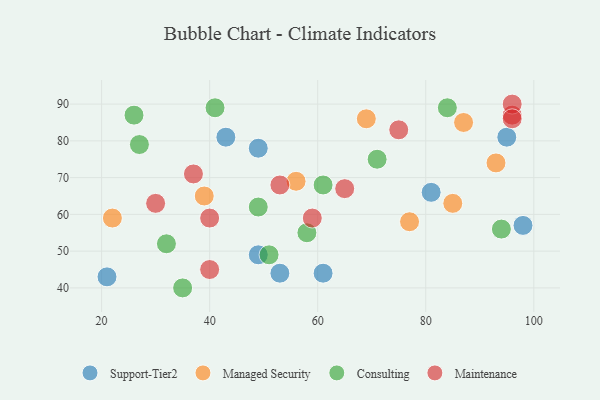
{"axis": {"x": "GDP", "y": "Life Expectancy"}, "legend": ["Consulting", "Maintenance", "Managed Security", "Support-Tier2"], "data": [{"x": "49", "y": 49, "type": "Support-Tier2"}, {"x": "49", "y": 78, "type": "Support-Tier2"}, {"x": "98", "y": 57, "type": "Support-Tier2"}, {"x": "21", "y": 43, "type": "Support-Tier2"}, {"x": "53", "y": 44, "type": "Support-Tier2"}, {"x": "81", "y": 66, "type": "Support-Tier2"}, {"x": "95", "y": 81, "type": "Support-Tier2"}, {"x": "43", "y": 81, "type": "Support-Tier2"}, {"x": "61", "y": 44, "type": "Support-Tier2"}, {"x": "69", "y": 86, "type": "Managed Security"}, {"x": "93", "y": 74, "type": "Managed Security"}, {"x": "39", "y": 65, "type": "Managed Security"}, {"x": "87", "y": 85, "type": "Managed Security"}, {"x": "56", "y": 69, "type": "Managed Security"}, {"x": "22", "y": 59, "type": "Managed Security"}, {"x": "85", "y": 63, "type": "Managed Security"}, {"x": "77", "y": 58, "type": "Managed Security"}, {"x": "26", "y": 87, "type": "Consulting"}, {"x": "71", "y": 75, "type": "Consulting"}, {"x": "94", "y": 56, "type": "Consulting"}, {"x": "35", "y": 40, "type": "Consulting"}, {"x": "84", "y": 89, "type": "Consulting"}, {"x": "49", "y": 62, "type": "Consulting"}, {"x": "27", "y": 79, "type": "Consulting"}, {"x": "32", "y": 52, "type": "Consulting"}, {"x": "41", "y": 89, "type": "Consulting"}, {"x": "61", "y": 68, "type": "Consulting"}, {"x": "51", "y": 49, "type": "Consulting"}, {"x": "58", "y": 55, "type": "Consulting"}, {"x": "40", "y": 45, "type": "Maintenance"}, {"x": "30", "y": 63, "type": "Maintenance"}, {"x": "37", "y": 71, "type": "Maintenance"}, {"x": "59", "y": 59, "type": "Maintenance"}, {"x": "96", "y": 87, "type": "Maintenance"}, {"x": "40", "y": 59, "type": "Maintenance"}, {"x": "65", "y": 67, "type": "Maintenance"}, {"x": "96", "y": 90, "type": "Maintenance"}, {"x": "96", "y": 86, "type": "Maintenance"}, {"x": "53", "y": 68, "type": "Maintenance"}, {"x": "75", "y": 83, "type": "Maintenance"}]}